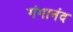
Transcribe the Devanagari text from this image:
गंगानंद